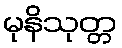
မုနိသုတ္တ